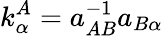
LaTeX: k_{\alpha}^{A}=a_{AB}^{-1}a_{B\alpha}